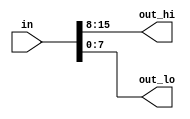
// This program was cloned from: https://github.com/viduraakalanka/HDL-Bits-Solutions
// License: The Unlicense

`default_nettype none     // Disable implicit nets. Reduces some types of bugs.
// Implicit nets are always one-bit wires and causes bugs if you had intended to use a vector. 
//Disabling creation of implicit nets can be done using the `default_nettype none directive.

module top_module( 
    input wire [15:0] in,
    output wire [7:0] out_hi,
    output wire [7:0] out_lo );
    //The unpacked dimensions are declared after the name. They are generally used to declare memory arrays. 
	//reg [7:0] mem [255:0];   // 256 unpacked elements, each of which is a 8-bit packed vector of reg.
    
    assign out_hi = in[15:8];
    assign out_lo = in[7:0];
endmodule